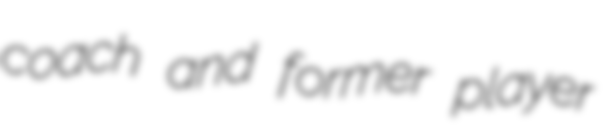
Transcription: coach and former player